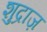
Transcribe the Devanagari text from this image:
शुद्राज़